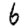
Digit: 6